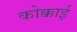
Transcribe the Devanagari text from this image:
कोक्काई